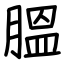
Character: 膃